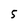
Character: 5